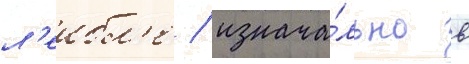
л'еибл'е / изнача́льно в